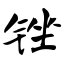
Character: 锉